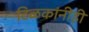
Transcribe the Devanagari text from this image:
टिळकांनीही